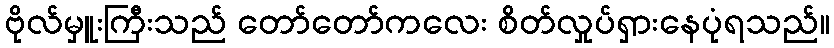
ဗိုလ်မှူးကြီးသည် တော်တော်ကလေး စိတ်လှုပ်ရှားနေပုံရသည်။